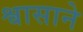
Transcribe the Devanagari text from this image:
श्वासाने